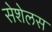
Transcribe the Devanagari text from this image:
सेशेलस